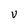
Character: v